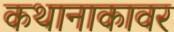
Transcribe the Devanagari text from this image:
कथानाकावर